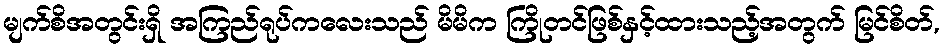
မျက်စိအတွင်းရှိ အကြည်ရုပ်ကလေးသည် မိမိက ကြိုတင်ဖြစ်နှင့်ထားသည့်အတွက် မြင်စိတ်,